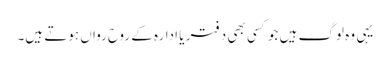
یہی وہ لوگ ہیں جو کسی بھی دفتر یا ادارہ کے روح رواں ہوتے ہیں۔